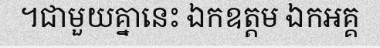
។ជាមួយគ្នានេះ ឯកឧត្តម ឯកអគ្គ